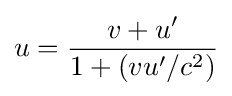
u={v+u' \over 1+(vu'/c^{2})}